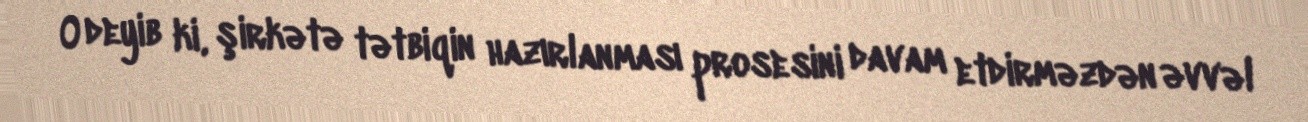
O deyib ki, şirkətə tətbiqin hazırlanması prosesini davam etdirməzdən əvvəl